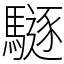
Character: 䮱